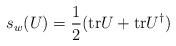
LaTeX: \begin{align*}s_w(U) = \frac{1}{2} ( \mbox{tr} U + \mbox{tr} U^\dagger )\end{align*}